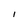
Character: I